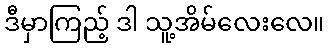
ဒီမှာကြည့် ဒါ သူ့အိမ်လေးလေ။